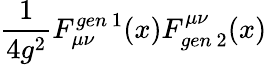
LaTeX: \frac{1}{4g^{2}}F_{\mu\nu}^{gen\ 1}(x)F_{gen\ 2}^{\mu\nu}(x)